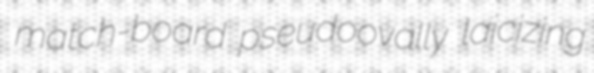
match-board pseudoovally laicizing